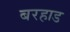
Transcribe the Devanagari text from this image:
बरहाड